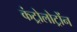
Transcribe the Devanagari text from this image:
कंट्रोलोट्रोंन